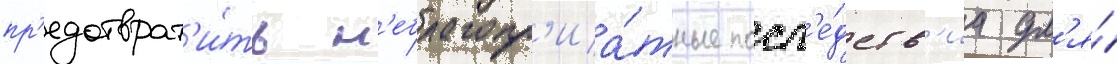
пр'едотврат'и́ть н'еблагопр'иа́тные посл'е́дств'иа дл'я́